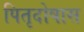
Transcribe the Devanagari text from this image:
पितृदोषास